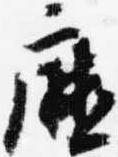
庁